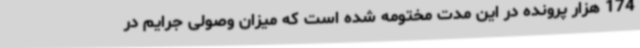
174 هزار پرونده در این مدت مختومه شده است که میزان وصولی جرایم در